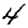
Digit: 4